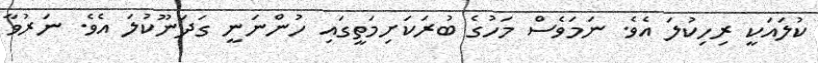
ކުލައަކީ ރިހިކުލަ އެވެ. ނަމަވެސް މަހުގެ ބުރަކަށިމަތީގައި ހުންނަނީ ގަދަނޫކުލަ އެވެ. ނަރުވާ